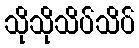
သိုသိုသိပ်သိပ်